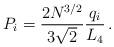
LaTeX: \begin{align*}P_i = \frac{2N^{3/2}}{3\sqrt{2}}\frac{q_i}{L_4}\,.\end{align*}